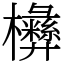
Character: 㰘